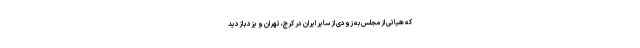
که هیاتی از مجلس به زودی از سایر ایران در کرج، تهران و یزد بازدید